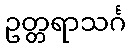
ဥတ္တရာသင်္ဂ